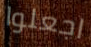
اجعلوا